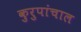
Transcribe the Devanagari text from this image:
कुरुपांचाल